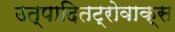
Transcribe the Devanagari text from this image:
उत्पादितट्रोवाक्स